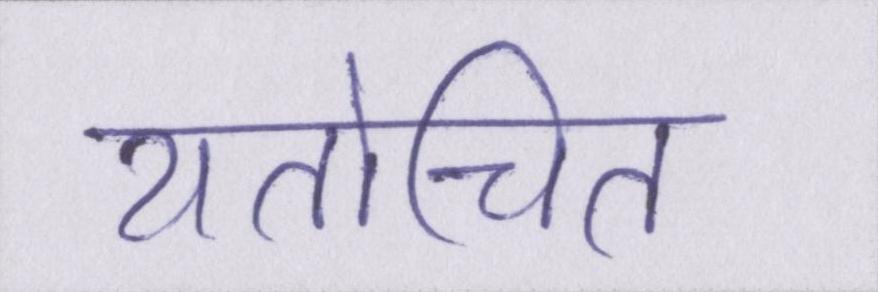
यतोचित